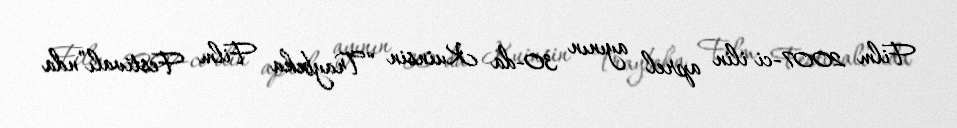
Film 2007-ci ilin aprel ayının 30-da Kuinsin “Traybeka Film Festivalı”nda